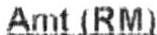
AMT(RM)